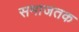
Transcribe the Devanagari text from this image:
समाजतक